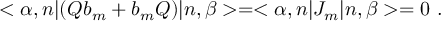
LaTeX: < \alpha , n | ( Q b _ { m } + b _ { m } Q ) | n , \beta > = < \alpha , n | J _ { m } | n , \beta > = 0 ~ .